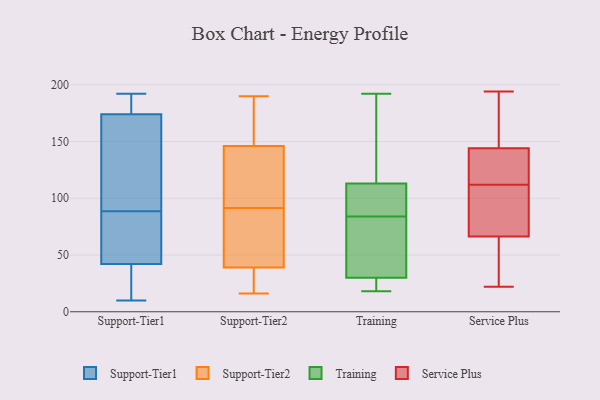
{"axis": {"x": "Active Users", "y": "Value"}, "legend": ["Service Plus", "Support-Tier1", "Support-Tier2", "Training"], "data": [{"x": "", "y": 78, "type": "Support-Tier1"}, {"x": "", "y": 192, "type": "Support-Tier1"}, {"x": "", "y": 10, "type": "Support-Tier1"}, {"x": "", "y": 78, "type": "Support-Tier1"}, {"x": "", "y": 177, "type": "Support-Tier1"}, {"x": "", "y": 174, "type": "Support-Tier1"}, {"x": "", "y": 139, "type": "Support-Tier1"}, {"x": "", "y": 30, "type": "Support-Tier1"}, {"x": "", "y": 99, "type": "Support-Tier1"}, {"x": "", "y": 42, "type": "Support-Tier1"}, {"x": "", "y": 190, "type": "Support-Tier2"}, {"x": "", "y": 31, "type": "Support-Tier2"}, {"x": "", "y": 149, "type": "Support-Tier2"}, {"x": "", "y": 127, "type": "Support-Tier2"}, {"x": "", "y": 16, "type": "Support-Tier2"}, {"x": "", "y": 56, "type": "Support-Tier2"}, {"x": "", "y": 52, "type": "Support-Tier2"}, {"x": "", "y": 47, "type": "Support-Tier2"}, {"x": "", "y": 143, "type": "Support-Tier2"}, {"x": "", "y": 173, "type": "Support-Tier2"}, {"x": "", "y": 24, "type": "Support-Tier2"}, {"x": "", "y": 128, "type": "Support-Tier2"}, {"x": "", "y": 91, "type": "Training"}, {"x": "", "y": 30, "type": "Training"}, {"x": "", "y": 113, "type": "Training"}, {"x": "", "y": 167, "type": "Training"}, {"x": "", "y": 20, "type": "Training"}, {"x": "", "y": 64, "type": "Training"}, {"x": "", "y": 21, "type": "Training"}, {"x": "", "y": 107, "type": "Training"}, {"x": "", "y": 152, "type": "Training"}, {"x": "", "y": 103, "type": "Training"}, {"x": "", "y": 192, "type": "Training"}, {"x": "", "y": 63, "type": "Training"}, {"x": "", "y": 19, "type": "Training"}, {"x": "", "y": 115, "type": "Training"}, {"x": "", "y": 77, "type": "Training"}, {"x": "", "y": 35, "type": "Training"}, {"x": "", "y": 18, "type": "Training"}, {"x": "", "y": 99, "type": "Training"}, {"x": "", "y": 98, "type": "Service Plus"}, {"x": "", "y": 143, "type": "Service Plus"}, {"x": "", "y": 67, "type": "Service Plus"}, {"x": "", "y": 80, "type": "Service Plus"}, {"x": "", "y": 24, "type": "Service Plus"}, {"x": "", "y": 77, "type": "Service Plus"}, {"x": "", "y": 43, "type": "Service Plus"}, {"x": "", "y": 194, "type": "Service Plus"}, {"x": "", "y": 158, "type": "Service Plus"}, {"x": "", "y": 120, "type": "Service Plus"}, {"x": "", "y": 22, "type": "Service Plus"}, {"x": "", "y": 139, "type": "Service Plus"}, {"x": "", "y": 112, "type": "Service Plus"}, {"x": "", "y": 178, "type": "Service Plus"}, {"x": "", "y": 144, "type": "Service Plus"}, {"x": "", "y": 64, "type": "Service Plus"}, {"x": "", "y": 144, "type": "Service Plus"}]}